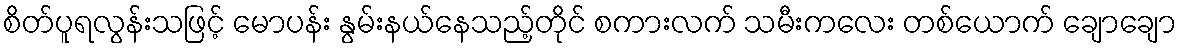
စိတ်ပူရလွန်းသဖြင့် မောပန်း နွမ်းနယ်နေသည့်တိုင် စကားလက် သမီးကလေး တစ်ယောက် ချောချော